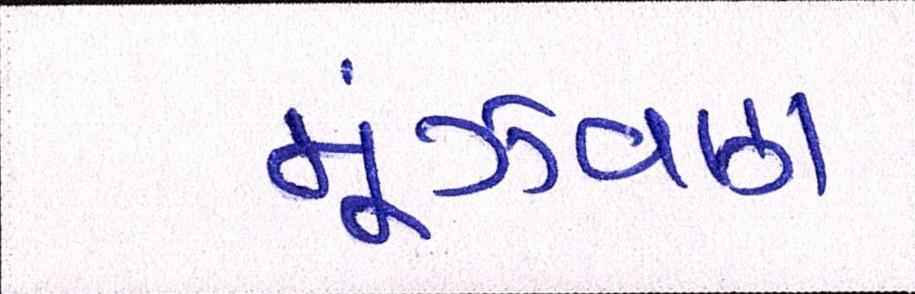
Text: મૂંઝવણ